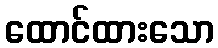
ထောင်ထားသော